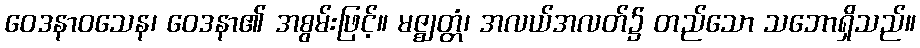
ဝေဒနာဝသေန၊ ဝေဒနာ၏ အစွမ်းဖြင့်။ မဇ္ဈတ္တံ၊ အလယ်အလတ်၌ တည်သော သဘောရှိသည်။